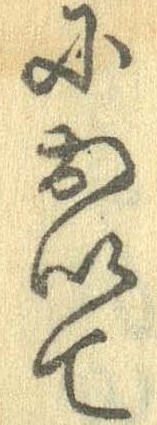
において